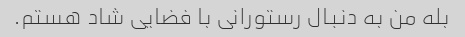
بله من به دنبال رستورانی با فضایی شاد هستم.